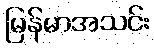
မြန်မာအသင်း